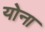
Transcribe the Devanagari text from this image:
योना